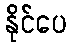
နိုင်ပေ